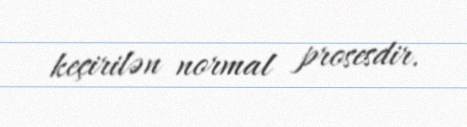
keçirilən normal prosesdir.